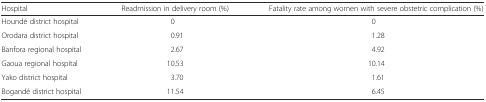
| Hospital | Readmission in delivery room (%) | Fatality rate among women with severe obstetric complication (%) |
 | --- | --- | --- |
 | Houndé district hospital | 0 | 0 |
 | Orodara district hospital | 0.91 | 1.28 |
 | Banfora regional hospital | 2.67 | 4.92 |
 | Gaoua regional hospital | 10.53 | 10.14 |
 | Yako district hospital | 3.70 | 1.61 |
 | Bogandé district hospital | 11.54 | 6.45 |